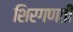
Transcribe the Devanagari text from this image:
शिरगणती